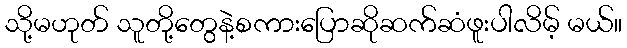
သို့မဟုတ် သူတို့တွေနဲ့စကားပြောဆိုဆက်ဆံဖူးပါလိမ့် မယ်။